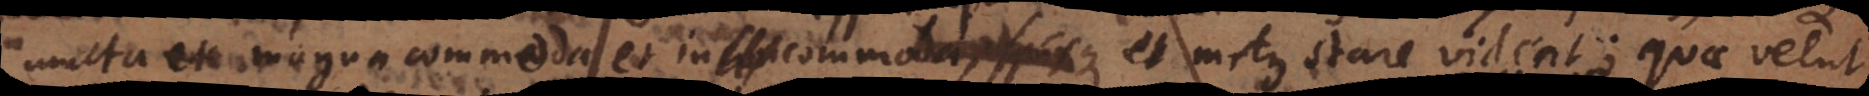
multa et magna commoda et incommoda, spesque et metus stare vident; quae velut